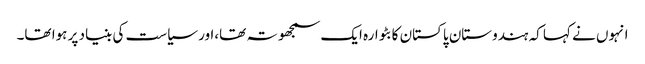
انہوں نے کہا کہ ہندوستان پاکستان کا بٹوارہ ایک سمجھوتہ تھا،اور سیاست کی بنیاد پر ہوا تھا۔